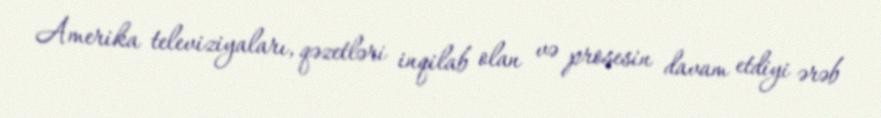
Amerika televiziyaları, qəzetləri inqilab olan və prosesin davam etdiyi ərəb